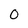
Character: 0